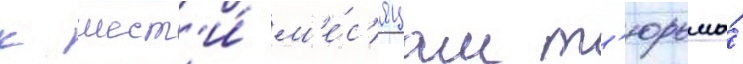
к шест'и́ м'е́с'яцам т'юрьмы́